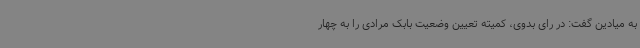
به میادین گفت: در رای بدوی، کمیته تعیین وضعیت بابک مرادی را به چهار